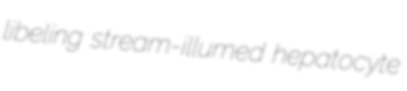
libeling stream-illumed hepatocyte